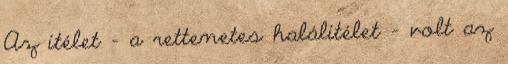
Az ítélet - a rettenetes halálítélet - volt az